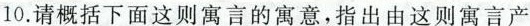
10.请概括下面这则寓言的寓意，指出由这则寓言产